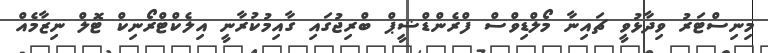
މިނިސްޓަރު ވިދާޅުވީ ޗައިނާ މޯލްޑިވްސް ފްރެންޑްޝީޕް ބްރިޖުގައި ގާއިމުކުރާނީ އިލެކްޓްރޯނިކް ޓޮލް ނިޒާމެއް